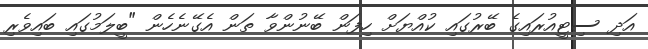
އަދި ސިޓީއުރައިގެ ބޭރުގައި ކުއްޔަށް ހިފަން ބޭނުންވާ ތަން އެގޭނެހެން "ބީލަމުގައި ބައިވެރި